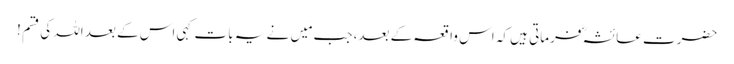
حضرت عائشہؓ فرماتی ہیں کہ اس واقعہ کے بعد، جب مَیں نے یہ بات کہی اس کے بعد اللہ کی قسم !